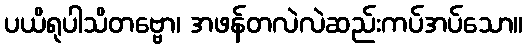
ပယိရုပါသိတဗ္ဗော၊ အဖန်တလဲလဲဆည်းကပ်အပ်သော။